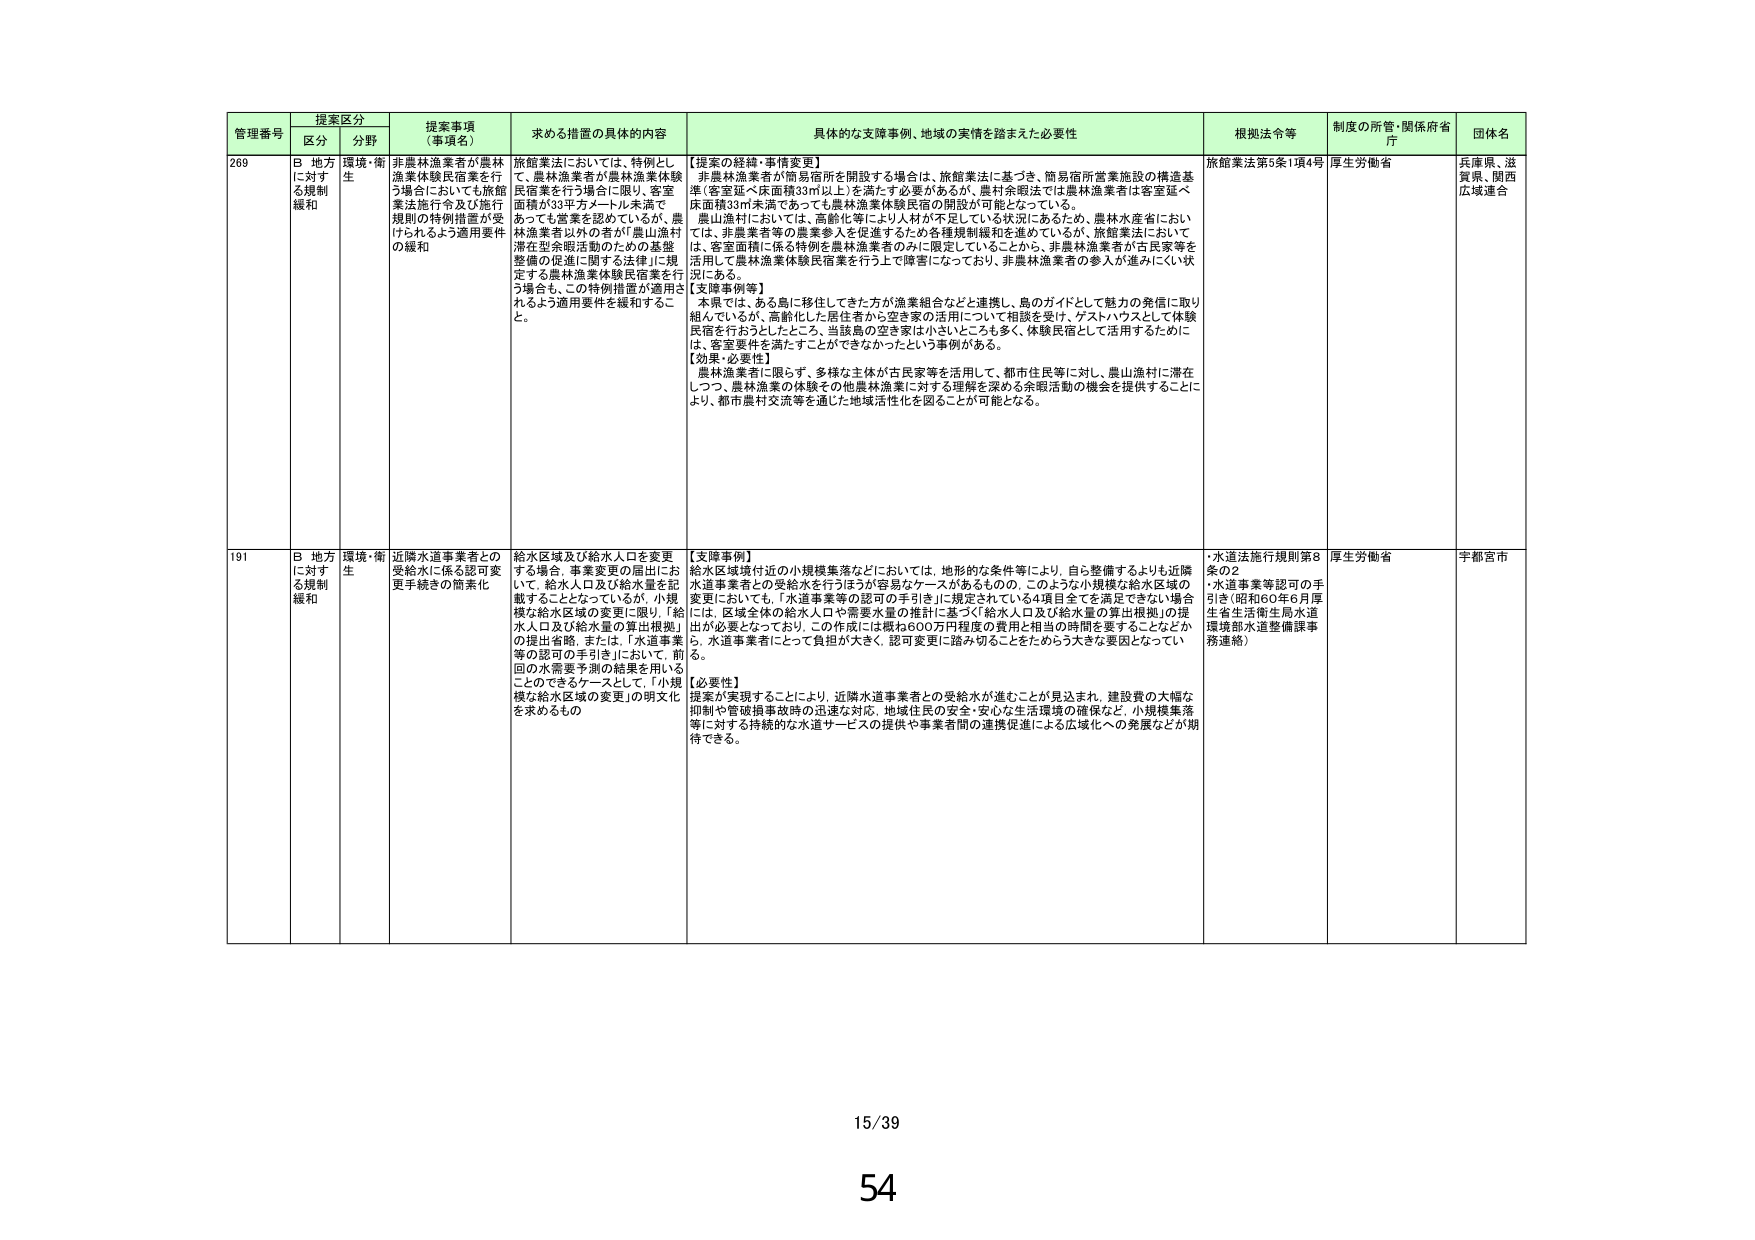
管理番号 提案区分 提案事項（事項名） 求める措置の具体的内容 具体的な支援事例、地域の実情を踏まえた必要性 根拠法令等 制度の所管・関係府省庁 団体名
区分 分野
269 B 地方に対する規制緩和 環境・衛生 非農林漁業者が農林漁業体験民宿業を行う場合においても旅館業法施行令及び施行規則の特例措置が受けられるよう適用要件の緩和 旅館業法においては、特例として、農林漁業者が農林漁業体験民宿業を行う場合に限り、客室面積が30平方メートル未満であっても営業を認めているが、農林漁業者以外の者が「農山漁村滞在型余暇活動のための基盤整備の促進に関する法律」に規定する農林漁業体験民宿業を行う場合も、この特例措置が適用されるよう適用要件を緩和すること。 【提案の経緯・事情変更】 旅館業法第5条1項4号 厚生労働省 兵庫県、滋賀県、関西広域連合
旅館業法においては、簡易宿所営業施設の構造基準（客室延べ床面積33㎡以上）を満たす必要があるが、農村余暇法では農林漁業者は客室延べ床面積33㎡未満であっても農林漁業体験民宿の開設が可能となっている。 農山漁村においては、高齢化等により人材が不足している状況にあるため、農林水産省においては、非農業者等の農業参入を促進するため各種規制緩和を進めているが、旅館業法においては、客室面積に係る特例を農林漁業者のみに限定していることから、非農林漁業者が古民家等を活用して農林漁業体験民宿業を行う上で障害になっており、非農林漁業者の参入が進みにくい状況にある。 【支援事例等】 本県では、ある島に移住してきた方が漁業組合などと連携し、島のガイドとして魅力の発信に取り組んでいるが、高齢化した居住者から空き家の活用について相談を受け、ゲストハウスとして体験民宿を行おうとしたところ、当該島の空き家は小さいことも多く、体験民宿として活用するために、客室要件を満たすことができなかったという事例がある。 【効果・必要性】 農林漁業者に限らず、多様な主体が古民家等を活用して、都市住民等に対し、農山漁村に滞在しつつ、農林漁業の体験その他農林漁業に対する理解を深める余暇活動の機会を提供することにより、都市農村交流等を通じた地域活性化を図ることが可能となる。
191 B 地方に対する規制緩和 環境・衛生 近隣水道事業者との受給水に係る認可変更手続きの簡素化 給水区域及び給水人口を変更する場合、事業変更の届出において、給水人口及び給水量を記載することとなっているが、小規模な給水区域の変更に限り、「給水人口及び給水量の算出根拠」の提出省略、または、「水道事業等の認可の手引き」において、前回の水需要予測の結果を用いることのできるケースとして、「小規模な給水区域の変更」の明文化を求めるもの 【支援事例】 給水区域境付近の小規模集落などにおいては、地形的な条件等により、自ら整備するよりも近隣水道事業者との受給水を行うほうが容易なケースがあるものの、このような小規模な給水区域の変更においても、「水道事業等の認可の手引き」に規定されている4項目全てを満足できない場合には、区域全体の給水人口や需要水量の推計に基づく「給水人口及び給水量の算出根拠」の提出が必要となっており、この作成には概ね600万円程度の費用と相当の時間を要することなどから、水道事業者にとって負担が大きく、認可変更に踏み切ることをためらう大きな要因となっている。 【必要性】 提案が実現することにより、近隣水道事業者との受給水が進むことが見込まれ、建設費の大幅な抑制や管破損事故時の迅速な対応、地域住民の安全・安心な生活環境の確保など、小規模集落等に対する持続的な水道サービスの提供や事業者間の連携促進による広域化への発展などが期待できる。 ・水道法施行規則第8条の2 ・水道事業等認可の手引き（昭和60年6月厚生省生活衛生局水道環境部水道整備課事務連絡） 厚生労働省 宇都宮市
15/39
54